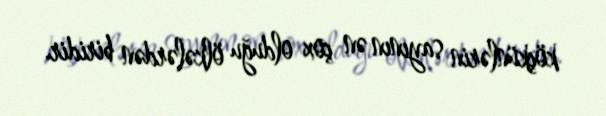
köçkünlərin sayının ən çox olduğu ölkələrdən biridir.